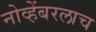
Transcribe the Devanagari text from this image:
नोव्हेंबरलाच